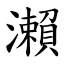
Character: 瀨